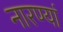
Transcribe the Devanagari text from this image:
नारण्यां